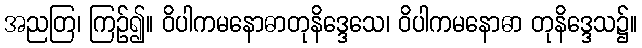
အညတြ၊ ကြဉ်၍။ ဝိပါကမနောဓာတုနိဒ္ဒေသေ၊ ဝိပါကမနောဓာ တုနိဒ္ဒေသ၌။